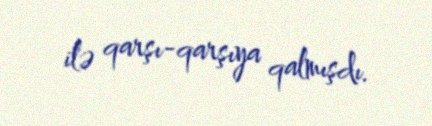
ilə qarşı-qarşıya qalmışdı.